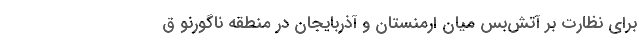
برای نظارت بر آتش‌بس میان ارمنستان و آذربایجان در منطقه ناگورنو ق